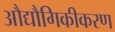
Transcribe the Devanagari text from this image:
औद्यौगिकीकरण